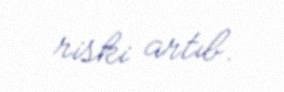
riski artıb.